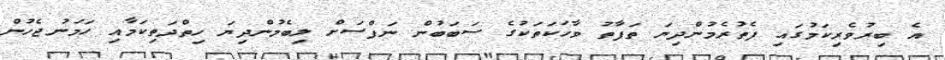
އެ ބިރުވެރިކަމުގައި ފެތުރެމުންދިޔަ ތަފާތު ވާހަކަތަކުގެ ސަބަބުން ނަފްސަށް ލިބެމުންދިޔަ ހިތްދަތިކަމާއި ހަމަނުޖެހުން